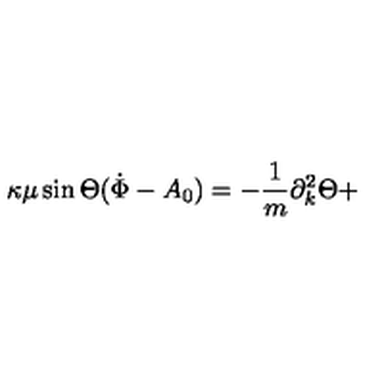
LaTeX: \kappa \mu \sin \Theta ( \dot { \Phi } - A _ { 0 } ) = - { \frac { 1 } { m } } \partial _ { k } ^ { 2 } \Theta +